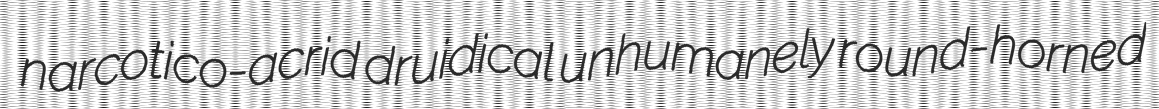
narcotico-acrid druidical unhumanely round-horned